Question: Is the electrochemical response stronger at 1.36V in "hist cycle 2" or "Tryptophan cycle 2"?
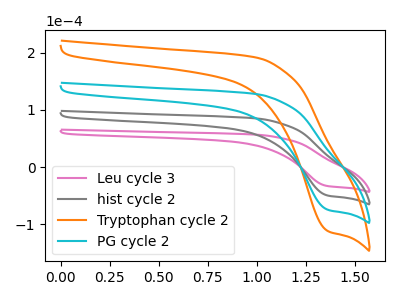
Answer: <think>The pink curve "Leu cycle 3" has a cathodic peak at: (1.35V, -33.20uA). The gray curve "hist cycle 2" has a cathodic peak at: (1.35V, -49.80uA). The orange curve "Tryptophan cycle 2" has a cathodic peak at: (1.35V, -149.40uA). The cyan curve "PG cycle 2" has a cathodic peak at: (1.35V, -99.60uA).</think>
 <answer>The peak at 1.36V is lower in "hist cycle 2" than in "Tryptophan cycle 2".</answer>
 <eval>lower</eval>